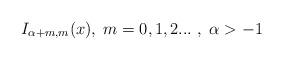
LaTeX: \begin{align*}I_{\alpha +m,m}(x),\;m=0,1,2...\,\,,\;\alpha >-1\end{align*}